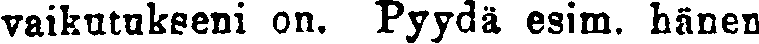
vaikutukseni on. Pyydä esim. hänen